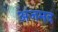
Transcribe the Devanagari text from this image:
अजमद